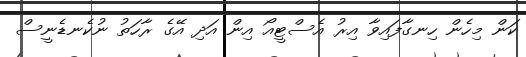
ކަން މިހެން ހިނގާފައިވާ އިރު އެސްޓީއޯ އިން އަދި އޭގެ ރާހަތު ނުކެނޑެނީސް